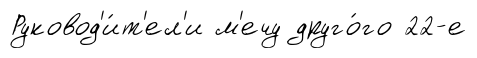
Руковод'и́т'ел'и м'ечу друго́го 22-е